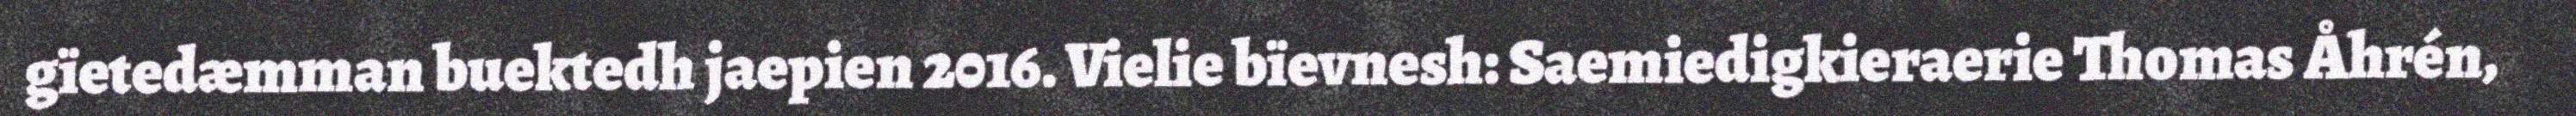
gïetedæmman buektedh jaepien 2016. Vielie bïevnesh: Saemiedigkieraerie Thomas Åhrén,